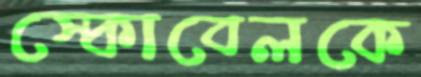
স্কোবেলকে